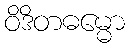
ဝိဒိတဓမ္မော